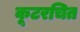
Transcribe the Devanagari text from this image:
कूटरचित